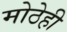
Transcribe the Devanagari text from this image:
मोठेही